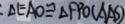
\Delta E A O \cong \Delta F P O ( A A S )